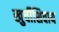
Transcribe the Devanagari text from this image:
खुर्चीशिवाय